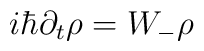
i\hbar\partial_t \rho =  W_- \rho